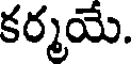
కర్మయే.